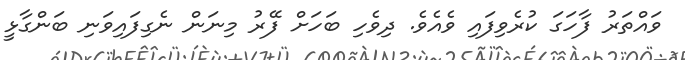
ވައްތަރު ފާހަގަ ކުރެވިފައި ވެއެވެ. ދިވެހި ބަހަށް ފޭރު މިނަން ނެގިފައިވަނި ބަންގާޅީ